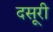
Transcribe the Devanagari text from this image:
दसूरी